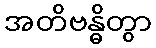
အတိဗန္ဓိတွာ